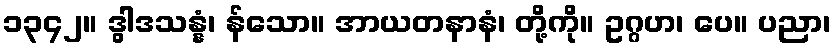
၁၃၄၂။ ဒွါဒသန္နံ၊ န်သော။ အာယတနာနံ၊ တို့ကို။ ဥဂ္ဂဟ၊ ပေ။ ပညာ၊